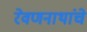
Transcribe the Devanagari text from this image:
रेवणनाथांचे